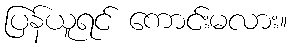
ပြန်ယူရင် ကောင်းမလား။